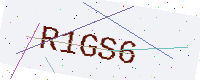
Text: R1GS6